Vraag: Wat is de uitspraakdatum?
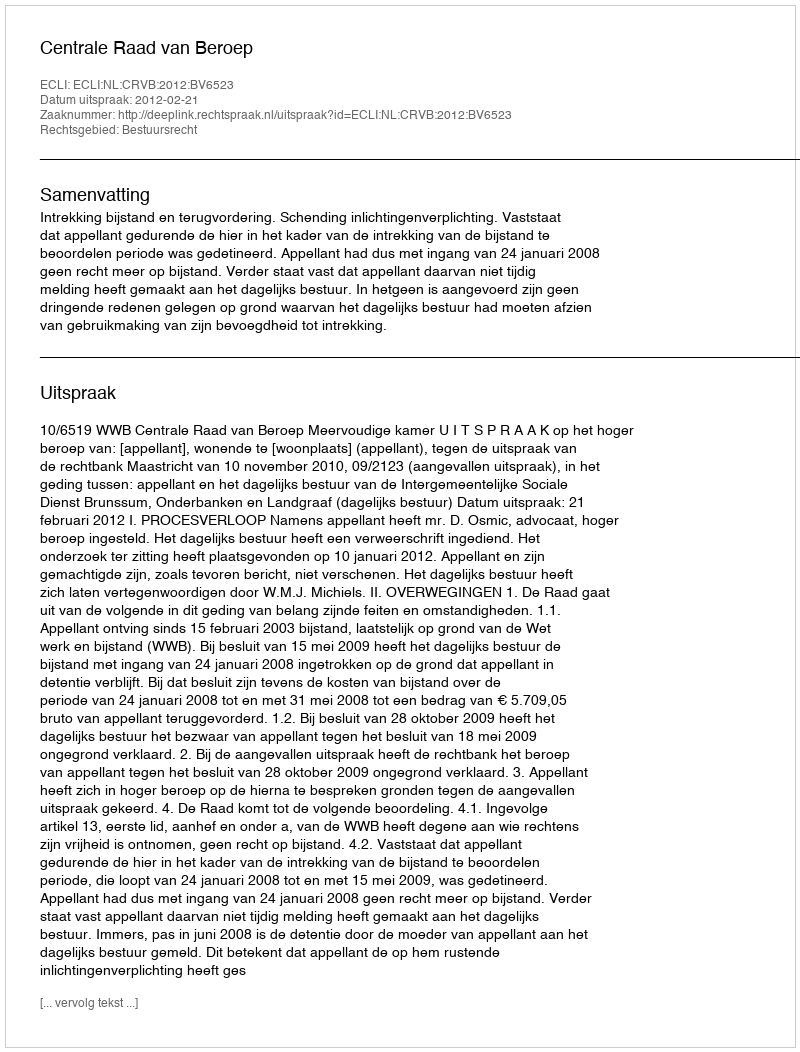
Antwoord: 2012-02-21